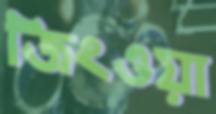
জিংওয়া